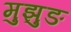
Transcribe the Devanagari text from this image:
मुझुङ